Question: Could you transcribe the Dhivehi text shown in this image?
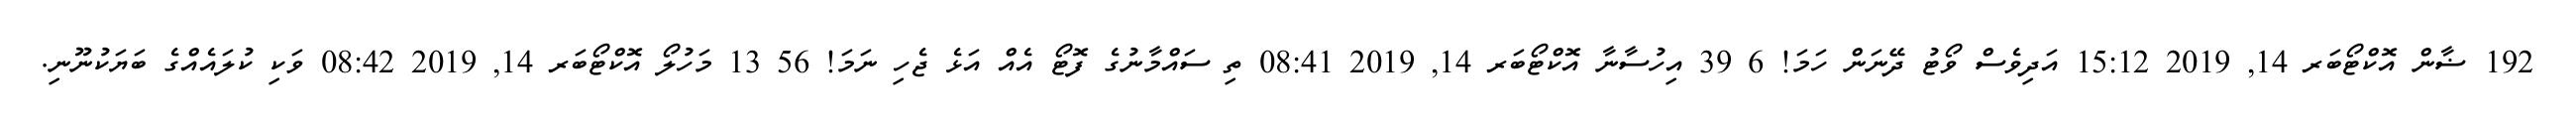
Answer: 192 ޟާން އޮކްޓޯބަރ 14, 2019 15:12 އަދިވެސް ވޯޓު ދޭނަން ހަމަ! 6 39 އިހުސާނާ އޮކްޓޯބަރ 14, 2019 08:41 ތި ސައްމާނުގެ ފޮޓޯ އެއް އަޅެ ޖެހި ނަމަ! 56 13 މަހުލޯ އޮކްޓޯބަރ 14, 2019 08:42 ވަކި ކުލައެއްގެ ބަޔަކުނޫނި.